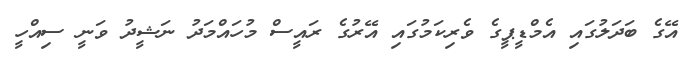
އޭގެ ބަދަލުގައި އެމްޑީޕީގެ ވެރިކަމުގައި އޭރުގެ ރައީސް މުހައްމަދު ނަޝީދު ވަނީ ސިއްހީ